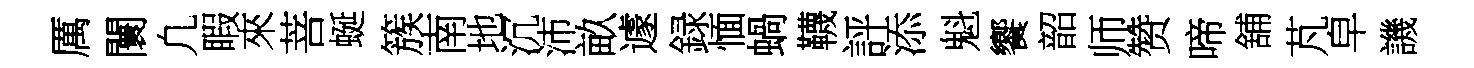
厲闤凢睱來菩蜒簇南地沉沛畝遽録愐蝸韈評添魁饗韶师赞啼舖芃皁譏